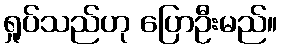
ရှုပ်သည်ဟု ပြောဦးမည်။